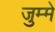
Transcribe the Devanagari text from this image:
जुम्मे